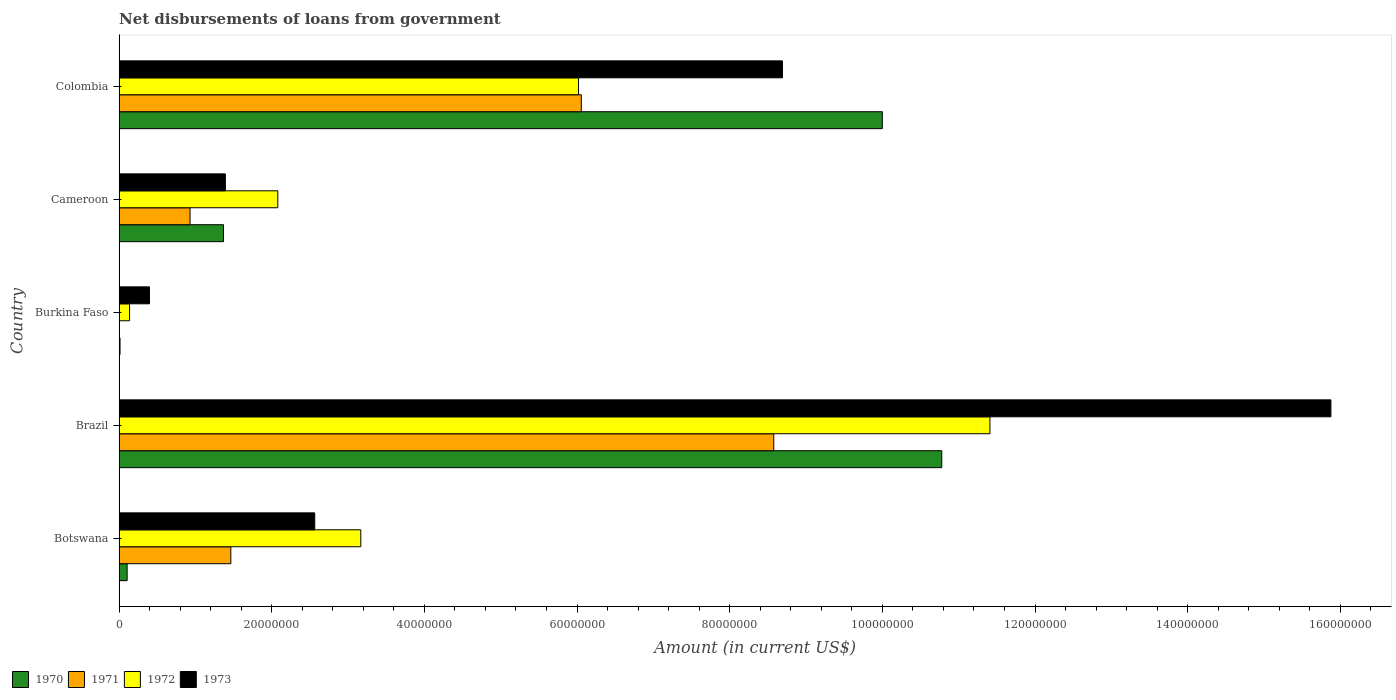
| Country | 1970 | 1971 | 1972 | 1973 |
 | --- | --- | --- | --- | --- |
 | Botswana | 1.06e+06 | 1.46e+07 | 3.17e+07 | 2.56e+07 |
 | Brazil | 1.08e+08 | 8.58e+07 | 1.14e+08 | 1.59e+08 |
 | Burkina Faso | 1.29e+05 | -1.88e+05 | 1.38e+06 | 3.98e+06 |
 | Cameroon | 1.37e+07 | 9.3e+06 | 2.08e+07 | 1.39e+07 |
 | Colombia | 1e+08 | 6.06e+07 | 6.02e+07 | 8.69e+07 |